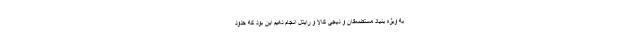
به ویژه بنیاد مستضعفان و دیجی کالا و رایتل انجام دهیم این بود که حدود